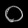
Digit: ၀